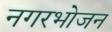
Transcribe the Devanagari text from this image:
नगरभोजन